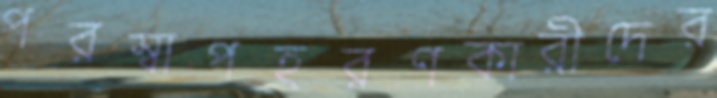
পরস্বাপহরণকারীদের